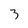
Character: 3